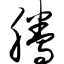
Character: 腾